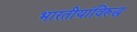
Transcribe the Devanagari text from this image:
भारतीयांविरुद्ध